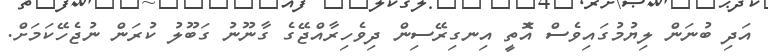
އަދި ބުނަން ލިޔުމުގައިވެސް އެޮތީ އިނގިރޭސިން ދިވެހިރާއްޖޭގެ ގާނޫނު ގަބޫލު ކުރަން ނުޖެހޭކަމަށް.